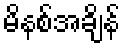
မိနစ်အချိန်